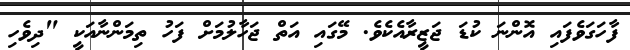
ފާހަގަވެފައި އޮންނަ ކުޑަ ޖަޒީރާއެކެވެ. މޭގައި އަތް ޖަހާލުމަށް ފަހު ތިމަންނާއަކީ "ދިވެހި